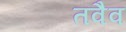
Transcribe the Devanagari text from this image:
तवैव